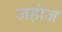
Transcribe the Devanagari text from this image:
जहांज